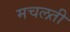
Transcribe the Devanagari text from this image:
मचलती